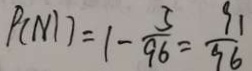
P ( M ) = 1 - \frac { 5 } { 9 6 } = \frac { 9 1 } { 9 6 }